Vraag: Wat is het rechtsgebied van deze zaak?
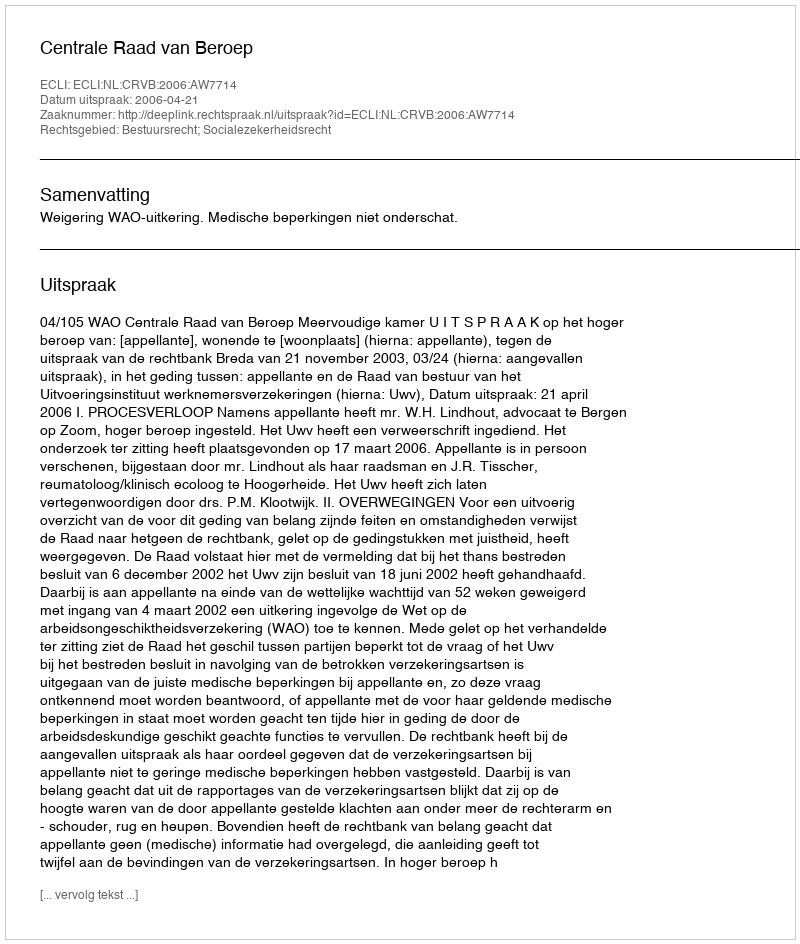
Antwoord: Bestuursrecht; Socialezekerheidsrecht